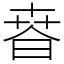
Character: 𣇸